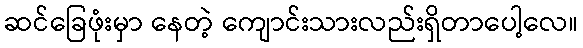
ဆင်ခြေဖုံးမှာ နေတဲ့ ကျောင်းသားလည်းရှိတာပေါ့လေ။